Vital statistics of India. Vol. IV, Annual returns from 1871 to 1876. British Army of India, Native Army and jails of Bengal
Year: 1871
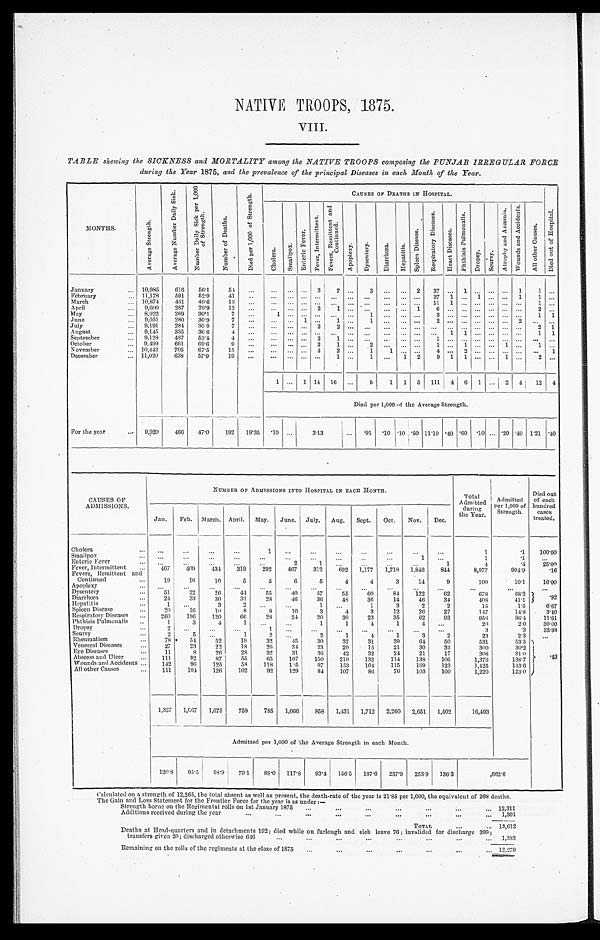
NATIVE TROOPS, 1875.
VIII.
TABLE shewing the SICKNESS and MORTALITY among the NATIVE TROOPS composing the PUNJAB IRREGULAR FORCE
during the Year 1875, and the prevalence of the principal Diseases in each Month of the Year.
MONTHS.
A v e r a g e S t r e n g t h .
A v e r a g e N u m b e r D a i l y S i c k .
N u m b e r D a i l y S i c k p e r 1 , 0 0 0 o f S t r e n g t h .
N u m b e r o f D e a t h s .
D i e d p e r 1 , 0 0 0 o f S t r e n g t h .
CAUSES OF DEATHS IN HOSPITAL.
C h o l e r a .
S m a l l p o x .
E n t e r i c F e v e r .
F e v e r , I n t e r m i t t e n t .
F e v e r s , R e m i t t e n t a n d C o n t i n u e d .
A p o p l e x y .
D y s e n t e r y .
D i a r r h œ a . H e p a t i t i s .
S p l e e n D i s e a s e s . R e s p i r a t o r y D i s e a s e s .
H e a r t D i s e a s e s .
P h t h i s i s P u l m o n a l i s .
D r o p a y . S c u r v y .
A t r o p h y a n d A n æ m i a . W o u n d s a n d A c c i d e n t s .
A l l o t h e r C a u s e s .
January
... 10,985 616 56.1 54 ...
. . .
. . . . . .
2 7 ... 3
. . .
. . .
2 37
. . .
1
. . . . . . . . .
1 1 ...
February
... 11,178 591 52.9 41 ...
. . .
. . . . . . . . . . . .
. . . . . .
. . .
. . . . . . 3 7
1 . . . 1 . . . . . . . . . 1
March
... 10,874 441 40.6 13 ... ... ... ... ... ... ... ... ... ...
. . . 1 1
1 . . . . . . . . . . . . . . .
1 ...
April
. . .
9,600 287 29.9 12 ... ... ... ...
2 1
. . . . . . . . .
. . . 1 6
. . . . . . . . . . . . . . . . . . 2
May
. . .
8,922 269 30.1
7
. . .
1
. . . . . . . . . . . .
. . . 1
. . .
. . . . . . 3
. . . . . . . . . . . .
... ... 1 1
June
. . .
9,051 280 30.9
7
. . .
. . .
. . .
1
. . .
1 ... 1 ... ... ...
2
. . . . . . . . . . . . . . . 2 . . .
July
. . .
9,191 284 30.9
7
. . .
. . .
. . . . . .
2 2
. . . . . .
. . .
. . . . . . . . .
. . . . . . . . .
... ... ... 2 1
August
. . .
9,145 335 36.6
4
. . .
... ... ...
. . .
... ... ... ...
. . .
... ... 1 1
. . . . . .
... ... 1 1
September
. . .
9,128 487 53.4
4
. . .
. . .
... ... 2 1
. . . . . .
. . .
... ... 1 ...
. . . . . . . . . . . . . . . . . .
October
. . .
9,499 661 69.6
9
. . .
. . .
. . . . . .
2
1
. . .
2
. . .
. . . . . . 1
... 1
. . . . . .
1
. . .
1
November
... 10,442 705 67.5 15 ... ... ... ...
4
2
. . .
1
1
. . . . . . 4
. . . 2 . . . . . . . . . . . . . . .
December
... 11,020 638 57.9
19 ...
. . .
... ... ... 1
. . .
1 ... 1 2
9
1 1 . . . . . . 1 . . . 2
1 ... 1 14 16
. . . 9
1 1 5 111 4 6 1 ... 2 4 12 4
Died per 1,000 of the Average Strength.
For the year
. . .
9,920 466 47.0 192 19.35 .10 ...
3.13
... .91 .10 .10 .50 11.19
. 4 0
.60 .10 ... .20 .40 1.21 .40
CAUSES OF
ADMISSIONS.
NUMBER ON ADMISSIONS INTO HOSPITAL IN EACH MONTH.
Total
Admitted
during the
Year.
Admitted
per 1,000 of
Strength.
Died out
of each
hundred
cases
treated.
Jan. Feb. March. April. May. June. July. Aug. Sept. Oct. Nov. Dec.
Cholera
. . . . . .
. . .
. . .
. . .
1 ...
. . .
. . .
. . .
...
...
...
1
.1 100.00
Smallpox
. . .
. . .
...
. . .
. . .
...
. . .
...
...
...
...
1 ...
1
.1
Enteric Fever
. . . . . .
. . .
...
...
. . .
2
1
. . .
...
...
...
1
4
.4 25.00
Fever, Intermittent ...
4 6 7
409 434 319 292 467 312 692 1,177 1,718 1,846 844
8,977
904.9
.16
Fevers, Remittent a n d C o n t i n u e d . . .
19
16
10
5
5
6
5
4
4
3
14
9
100
10.1
16.00
Apoplexy
. . .
. . .
. . .
. . .
. . .
. . .
. . .
. . .
. . .
. . .
. . .
. . .
. . .
. . .
. . .
Dysentery
. . .
51
22
26
44
55
40
57
55
60
84 122
62
678
68.3
. 9 2
Diarrhœa
. . .
24 33
30
33
28
46
36
48
36
14
46
34
408
41.1
Hepatitis
...
1
...
3
2
. . .
...
1
. . .
1
3
2
2
15
1.5
6.67
Spleen Diseases
. . .
20
16
1 0
8
8
10
3
4
3
12
26
27
147
14.8
3.40
Respiratory Diseases ... 260 186 120
66
28
24
20
39
23
35
62
93
956
96.4 11.61
Phthisis Pulmonalis ..
1
3
4
1 ...
...
1
1
4
1
4 . . .
20
2.0 30.00
Dropsy
. . . 2
. . .
...
. . .
1
. . .
. . .
. . .
. . .
...
...
. . .
3
.3
33.33
Scury
...
2
5
. . .
1
2
. . .
2
1
4
1
3
2
23
2.3
Rheumatism
...
7 8
5 4
52
19
32
45
30
37
31
39
64 50
531
53.5
. 4 3
Venereal Diseases ...
2 7
23
22
18
26
34 23
29
15
21
30
32
300
30.2
Eye Diseases
...
1 1
8
26
28
32
31
36
42
32
24
21
17
308
31.0
Abscess and Ulcer
. . .
111
92
87
55
65 107 150 219 132 114 138 106
1,376
138.7
Wounds and Accidents ... 142
96 125
58 118 105
97 153 104 115 169 123
1,425
143.6
All other Causes
... 111 101 126 102
92 129
84 107
86
76 103 100
1,220
123.0
1,327 1,667 1,075 759 785 1,066 858 1,431 1,712 2,260 2,651 1,502
16,493
Admitted per 1,000 of the Average Strength in each Month.
120.8 95.5 98.9 79.1 88.0 117.8 93.4 156.5 187.6 237.9 253.9 136.3
662.6